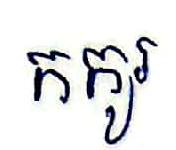
កកូរ